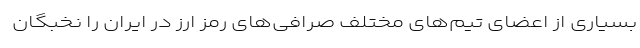
بسیاری از اعضای تیم‌های مختلف صرافی‌های رمز ارز در ایران را نخبگان